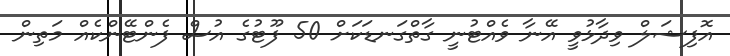
އޮފިޝަލް ވިދާޅުވީ އޭނާ ވެއްޓުނީ ގާތްގަނޑަކަށް 50 ފޫޓުގެ އުސް ފެންޓޭންކެއް މަތިން